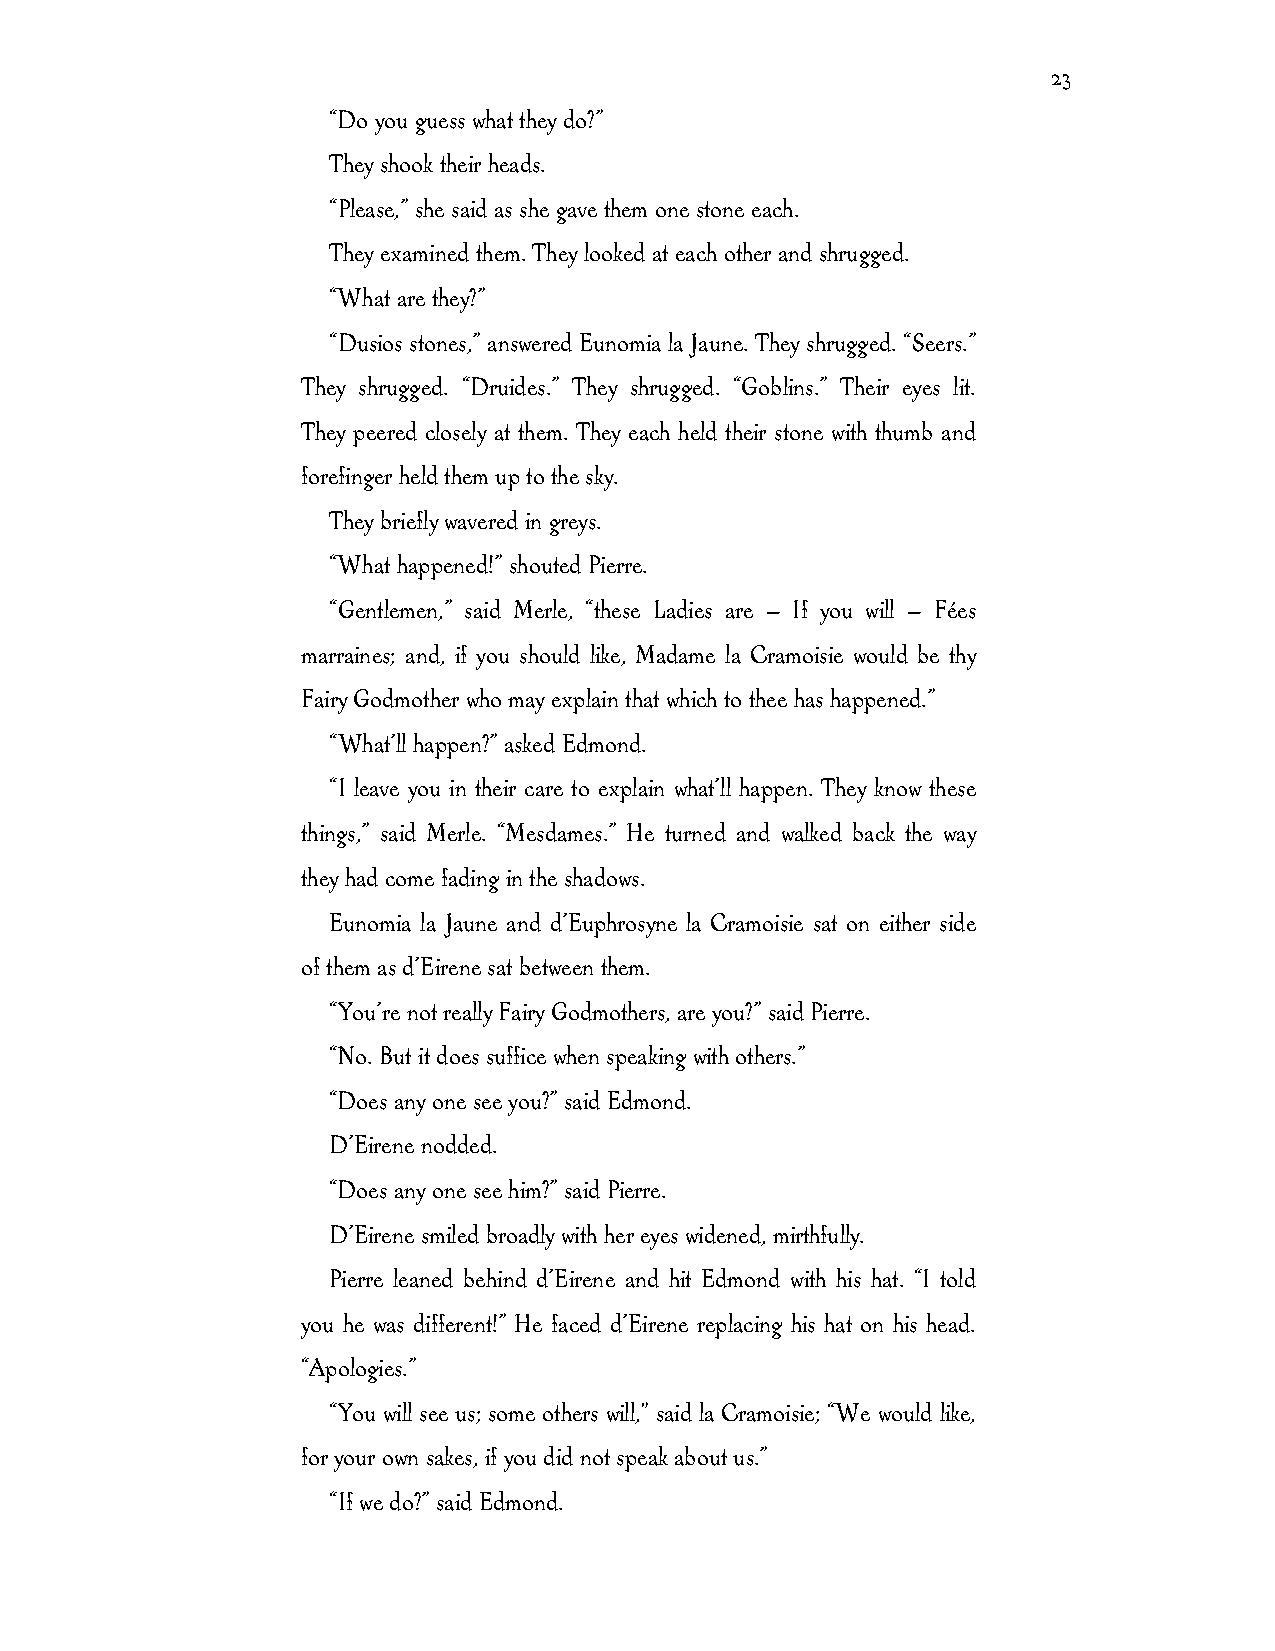
23
 “Do you guess what they do?”
 They shook their heads.
 “Please,” she said as she gave them one stone each.
 They examined them. They looked at each other and shrugged.
 “What are they?”
 “Dusios stones,” answered Eunomia la Jaune. They shrugged. “Seers.”
 They shrugged. “Druides.” They shrugged. “Goblins.” Their eyes lit.
 They peered closely at them. They each held their stone with thumb and
 forefinger held them up to the sky.
 They briefly wavered in greys.
 “What happened!” shouted Pierre.
 “Gentlemen,” said Merle, “these Ladies are — If you will — Fées
 marraines; and, if you should like, Madame la Cramoisie would be thy
 Fairy Godmother who may explain that which to thee has happened.”
 “What’ll happen?” asked Edmond.
 “I leave you in their care to explain what’ll happen. They know these
 things,” said Merle. “Mesdames.” He turned and walked back the way
 they had come fading in the shadows.
 Eunomia la Jaune and d’Euphrosyne la Cramoisie sat on either side
 of them as d’Eirene sat between them.
 “You’re not really Fairy Godmothers, are you?” said Pierre.
 “No. But it does suffice when speaking with others.”
 “Does any one see you?” said Edmond.
 D’Eirene nodded.
 “Does any one see him?” said Pierre.
 D’Eirene smiled broadly with her eyes widened, mirthfully.
 Pierre leaned behind d’Eirene and hit Edmond with his hat. “I told
 you he was different!” He faced d’Eirene replacing his hat on his head.
 “Apologies.”
 “You will see us; some others will," said la Cramoisie; “We would like,
 for your own sakes, if you did not speak about us.”
 “If we do?” said Edmond.